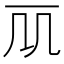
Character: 𠘲